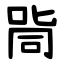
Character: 㖰